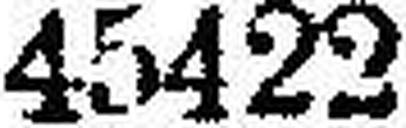
45422